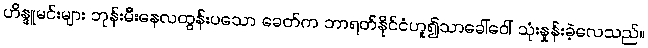
ဟိန္ဒူမင်းများ ဘုန်းမီးနေလထွန်းပသော ခေတ်က ဘာရတ်နိုင်ငံဟူ၍သာခေါ်ဝေါ် သုံးနှုန်းခဲ့လေသည်။